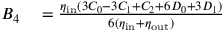
\begin{array} { r l } { B _ { 4 } } & { { } = \frac { \eta _ { \mathrm { i n } } ( 3 C _ { 0 } - 3 C _ { 1 } + C _ { 2 } + 6 D _ { 0 } + 3 D _ { 1 } ) } { 6 ( \eta _ { \mathrm { i n } } + \eta _ { \mathrm { o u t } } ) } } \end{array}